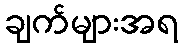
ချက်များအရ